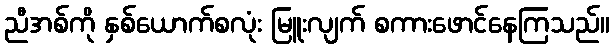
ညီအစ်ကို နှစ်ယောက်စလုံး မြူးလျက် စကားဖောင်နေကြသည်။